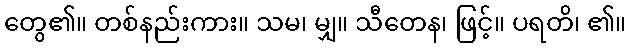
တွေ၏။ တစ်နည်းကား။ သမ၊ မျှ။ သီတေန၊ ဖြင့်။ ပရတိ၊ ၏။